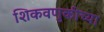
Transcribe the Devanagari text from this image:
शिकवणुकीच्‍या